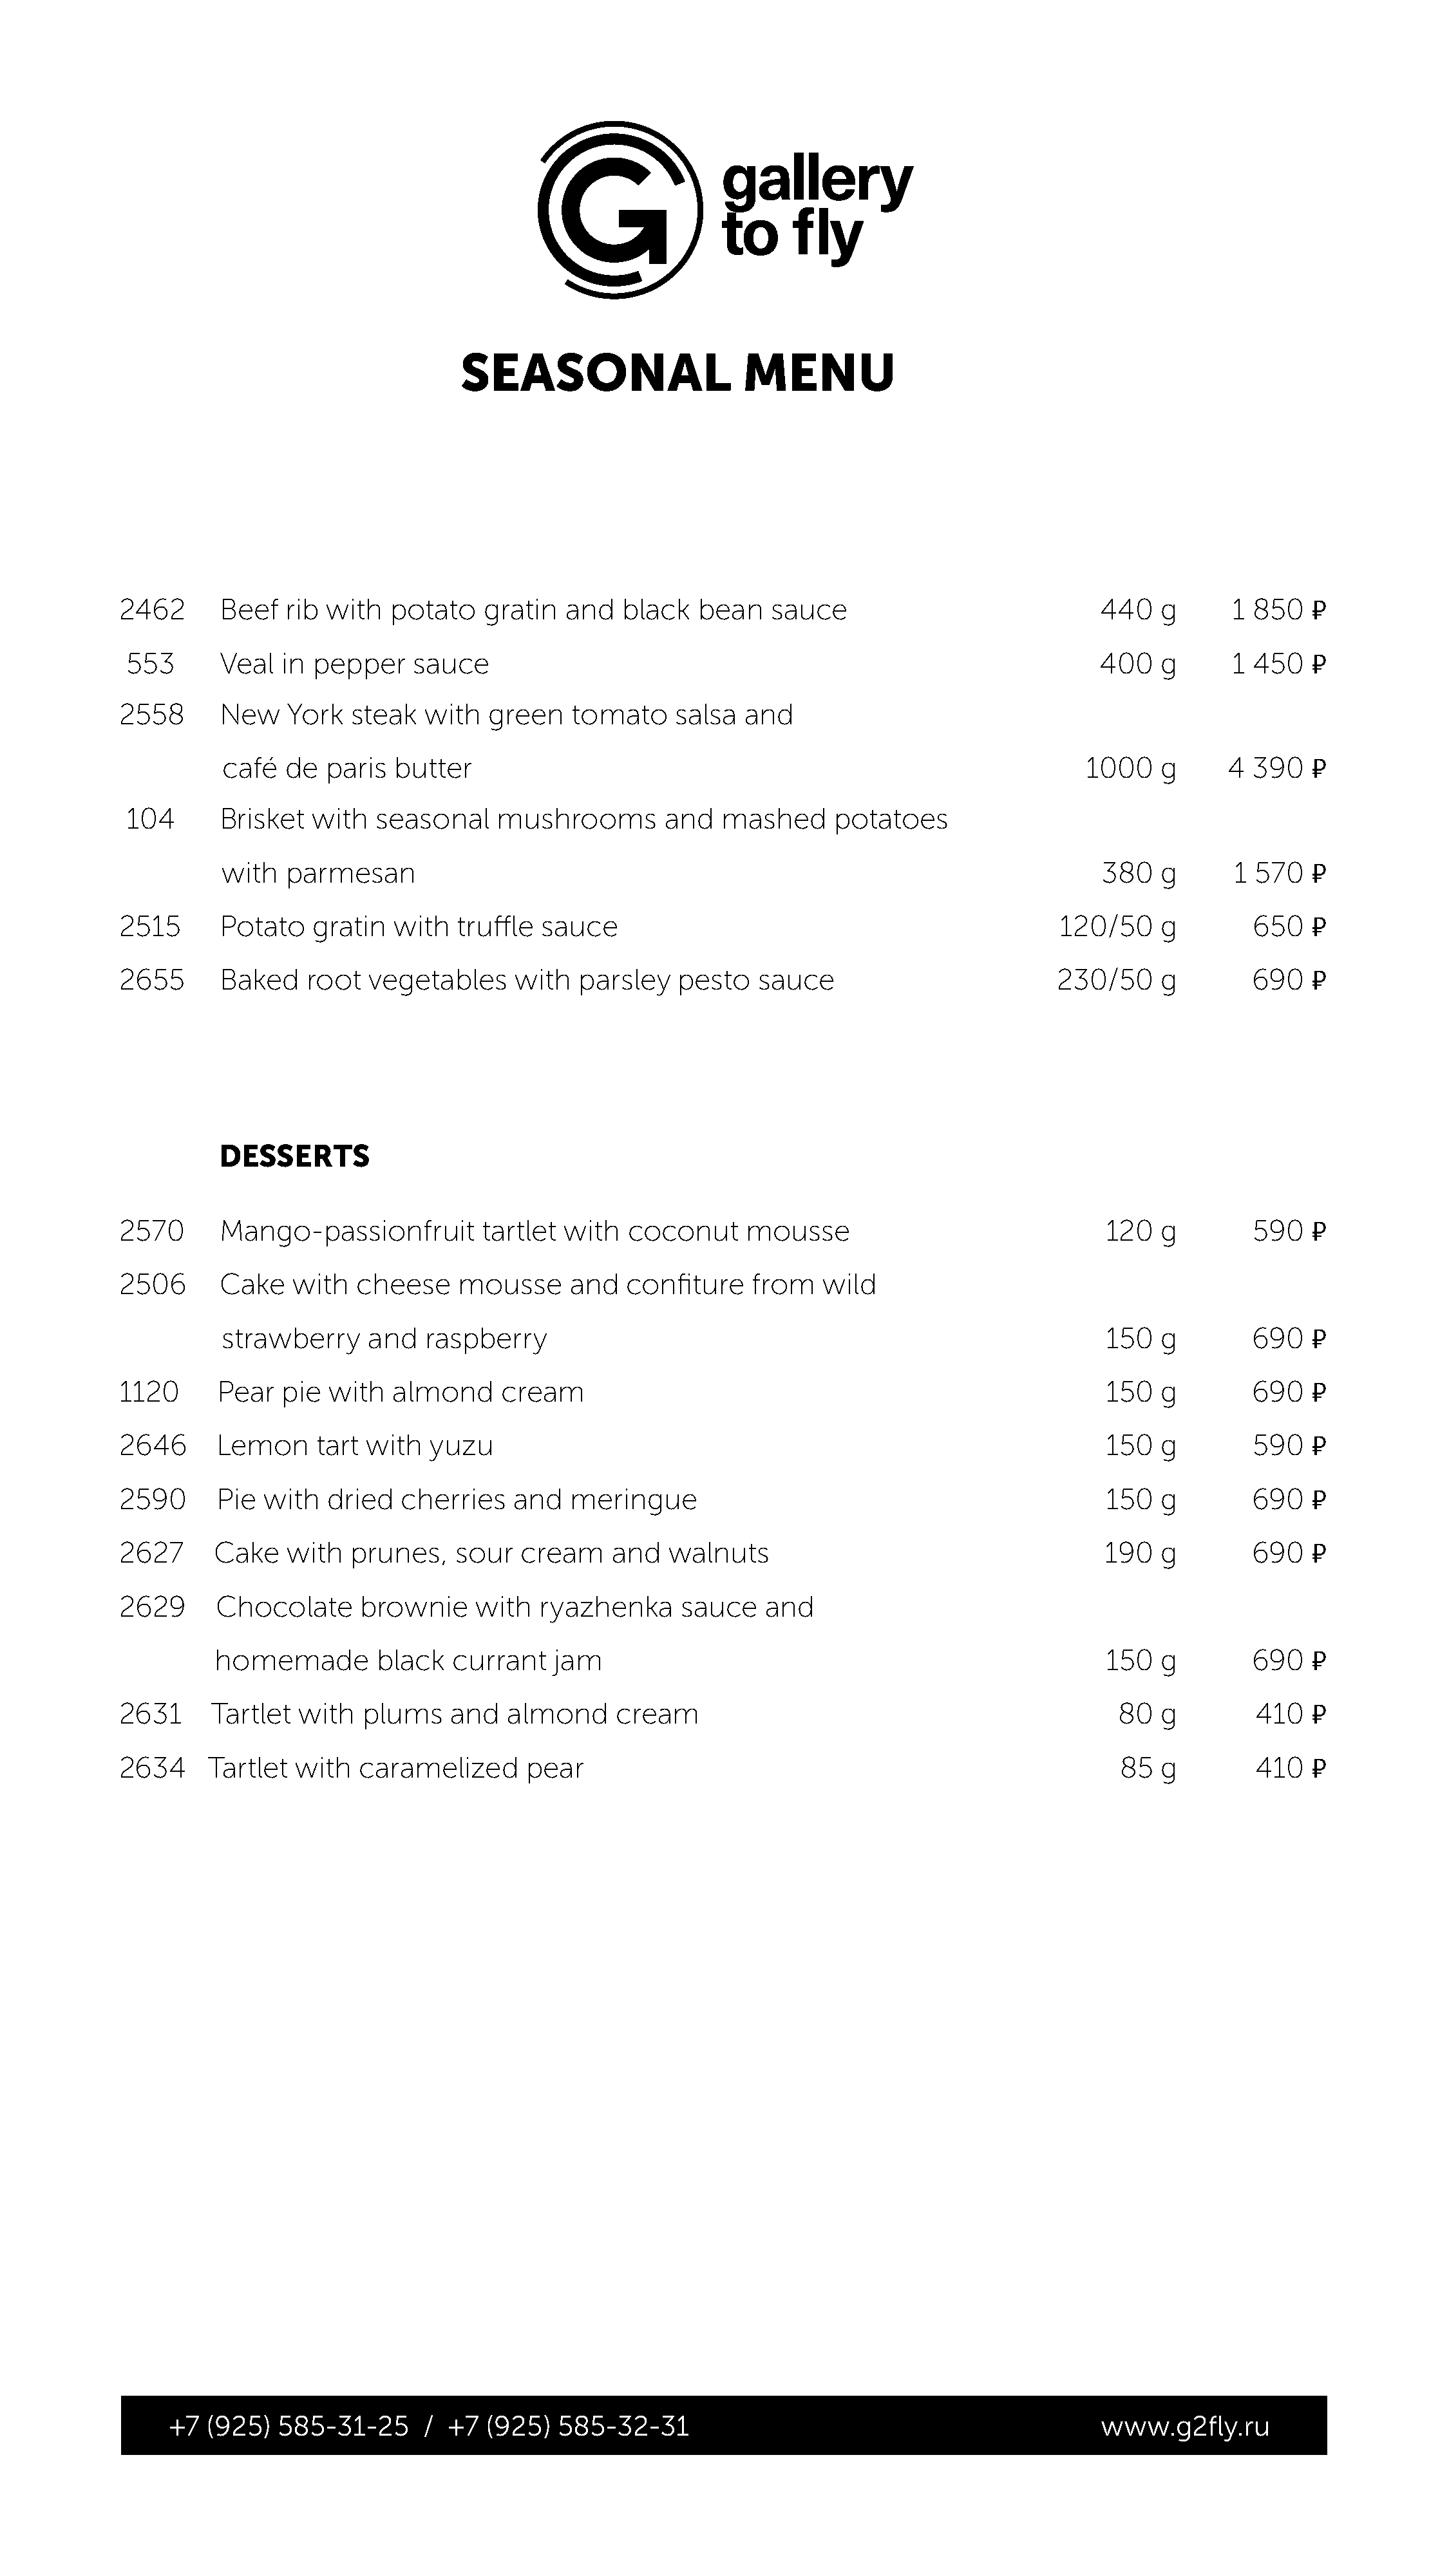
SEASONAL                     MENU
 2462       Beef  rib with   potato    gratin  and   black   bean   sauce                             440   g       1 850   �
 553       Veal  in pepper    sauce                                                                  400   g       1 450   �
 2558       New    York  steak   with  green    tomato    salsa   and
 café  de  paris   butter                                                                 1000   g      4  390   �
 104       Brisket  with   seasonal    mushrooms        and   mashed      potatoes
 with  parmesan                                                                            380   g       1 570   �
 2515       Potato   gratin  with   truffle  sauce                                                120/50    g         650   �
 2655       Baked    root  vegetables     with  parsley    pesto   sauce                          230/50    g         690   �
 DESSERTS
 2570       Mango-passionfruit         tartlet with   coconut     mousse                               120  g         590   �
 2506       Cake   with   cheese    mousse      and  confiture    from    wild
 strawberry     and   raspberry                                                             150  g         690   �
 1120      Pear   pie  with  almond      cream                                                         150  g         690   �
 2646      Lemon      tart with  yuzu                                                                  150  g         590   �
 2590      Pie  with   dried  cherries    and   meringue                                               150  g         690   �
 2627      Cake   with   prunes,    sour   cream    and   walnuts                                      190  g         690   �
 2629      Chocolate      brownie     with  ryazhenka      sauce    and
 homemade         black   currant   jam                                                      150  g         690   �
 2631      Tartlet  with  plums    and   almond     cream                                               80  g         410   �
 2634     Tartlet  with   caramelized      pear                                                         85  g         410   �
 +7  (925)   585-31-25      / +7  (925)  585-32-31                                               www.g2fly.ru